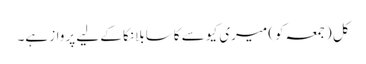
کل (جمعہ کو) میری کیو سے کاسابلانکا کے لیے پرواز ہے۔